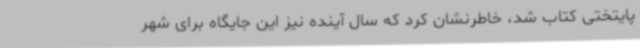
پایتختی کتاب شد، خاطرنشان کرد که سال آینده نیز این جایگاه برای شهر